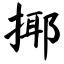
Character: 揶